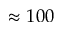
\approx 1 0 0